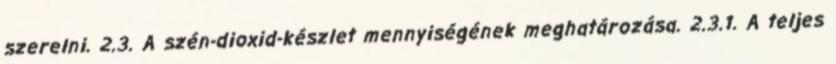
szerelni. 2.3. A szén-dioxid-készlet mennyiségének meghatározása. 2.3.1. A teljes